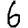
Digit: 6